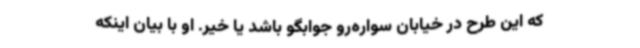
که این طرح در خیابان سواره‌رو جوابگو باشد یا خیر. او با بیان اینکه